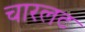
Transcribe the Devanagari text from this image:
चारलट